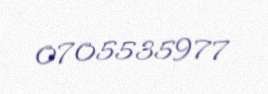
0705535977